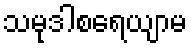
သမုဒါစရေယျာမ